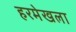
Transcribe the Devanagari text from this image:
हरमेखला